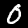
Digit: 0